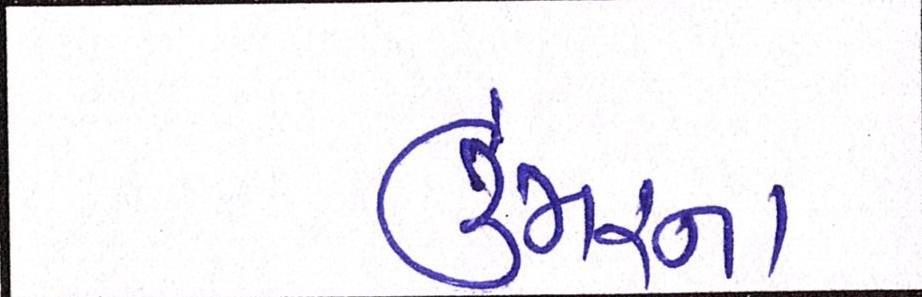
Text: ઉંમરના